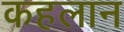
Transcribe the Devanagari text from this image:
कहलान